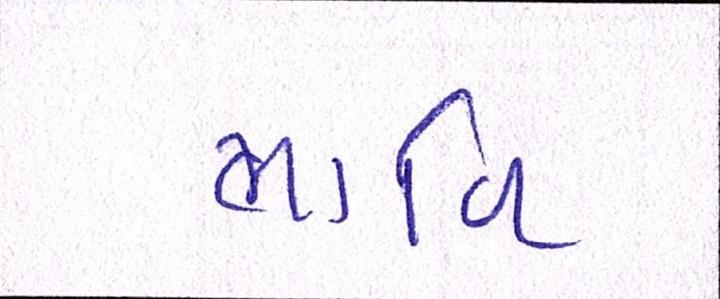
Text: ભાવિ